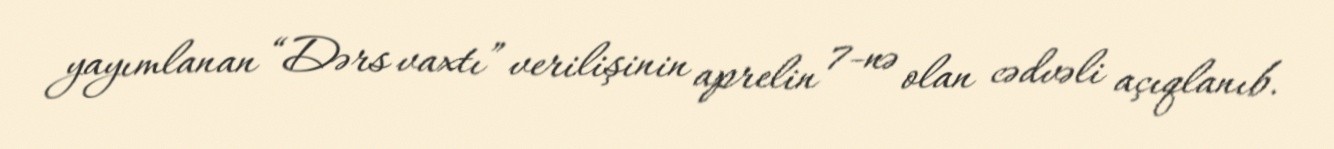
yayımlanan “Dərs vaxtı” verilişinin aprelin 7-nə olan cədvəli açıqlanıb.